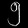
Digit: ၅